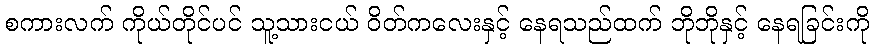
စကားလက် ကိုယ်တိုင်ပင် သူ့သားငယ် ဝိတ်ကလေးနှင့် နေရသည်ထက် ဘိုဘိုနှင့် နေရခြင်းကို